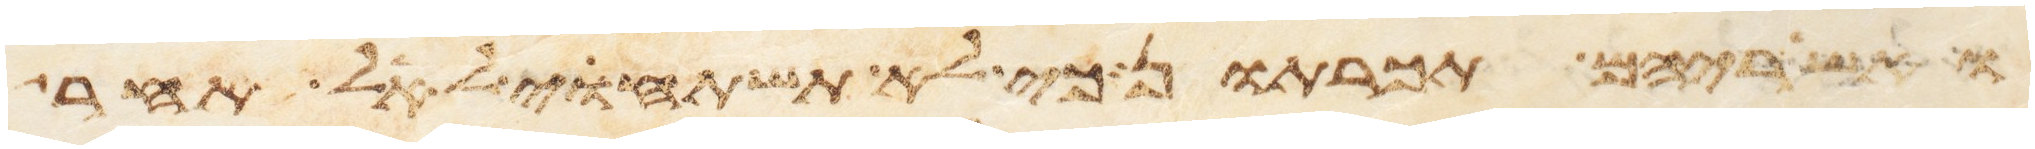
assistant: ואשריהם תכרתון כי לא תשתחוי לאל אחר